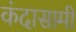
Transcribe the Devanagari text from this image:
कंदासामी